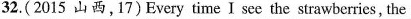
32.( 2015 山西,17) Every time I see the strawberries, the